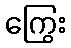
ကြွေး